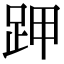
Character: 𧿵